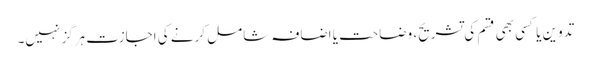
تدوین یا کسی بھی قسم کی تشریح، وضاحت یا اضافہ شامل کرنے کی اجازت ہرگز نہیں۔